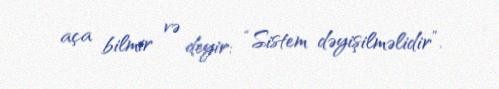
aça bilmir və deyir: “Sistem dəyişilməlidir”.